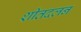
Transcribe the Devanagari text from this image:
शीतदलन